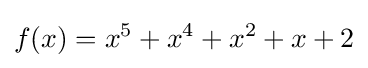
f(x)=x^{5}+x^{4}+x^{2}+x+2